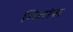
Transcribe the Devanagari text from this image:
गितांस